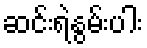
ဆင်းရဲနွမ်းပါး